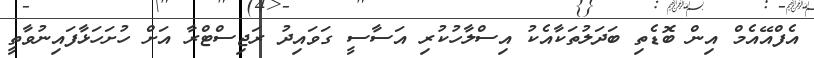
އެފްއޭއެމް އިން ބޮޑެތި ބަދަލުތަކާއެކު އިސްލާހުކުރި އަސާސީ ގަވައިދު ރަޖިސްޓްރާ އަށް ހުށަހަޅާފައިނުވާތީ